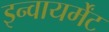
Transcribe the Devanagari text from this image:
इन्वायर्मेंट